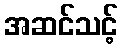
အဆင်သင့်